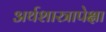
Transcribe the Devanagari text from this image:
अर्थशास्त्रापेक्षा